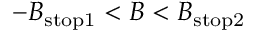
- B _ { \mathrm { s t o p 1 } } < B < B _ { \mathrm { s t o p 2 } }